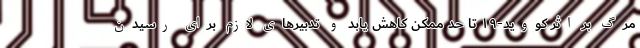
مرگ بر اثر کووید-۱۹ تا حد ممکن کاهش یابد و تدبیرهای لازم برای رسیدن